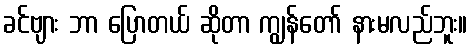
ခင်ဗျား ဘာ ပြောတယ် ဆိုတာ ကျွန်တော် နားမလည်ဘူး။